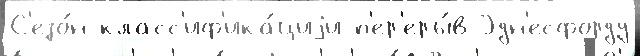
С'езо́н класс'иф'ика́циjи п'ер'еры́в Эдн'есфорду